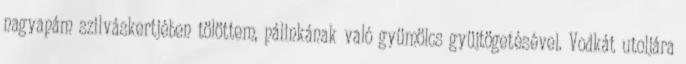
nagyapám szilváskertjében tölöttem, pálinkának való gyümölcs gyüjtögetésével. Vodkát utoljára